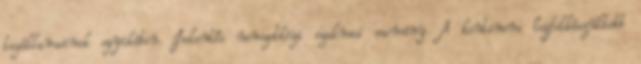
tagállamainak egyikében. Jelentős nemzetközi szakmai esemény. A kontinens legfelkészültebb